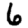
Digit: 6